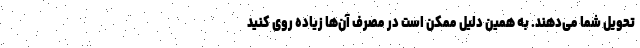
تحویل شما می‌دهند. به همین دلیل ممکن است در مصرف آن‌ها زیاده روی کنید